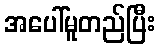
အပေါ်မူတည်ပြီး